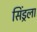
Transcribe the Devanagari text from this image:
सिंड्रला